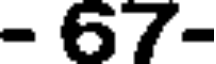
- 67-